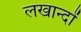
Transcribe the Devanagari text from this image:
लखान्दों